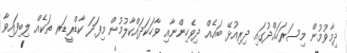
ދިމާވުމުން މިސަރަހައްދުގައި ދިރިއުޅޭ ބައެއް ދިވެހިންނާއި ވާހަކަދައްކާލުމުން މިފަދަ ކާޑްރީޑަރ ތަކެއް ލިބިފައިވާ